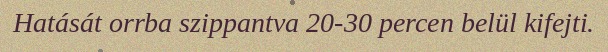
Hatását orrba szippantva 20-30 percen belül kifejti.